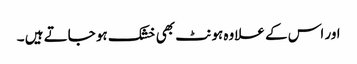
اور اس کے علاوہ ہونٹ بھی خشک ہو جاتے ہیں ۔